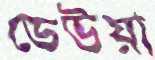
ডেউয়া